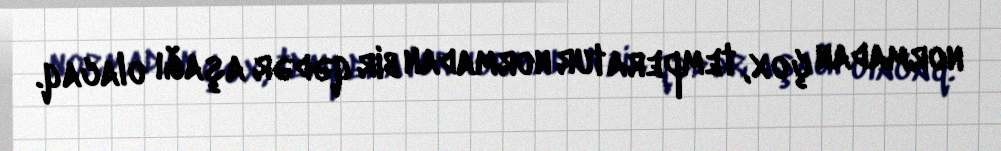
normadan çox, temperatur normadan bir qədər aşağı olacaq.